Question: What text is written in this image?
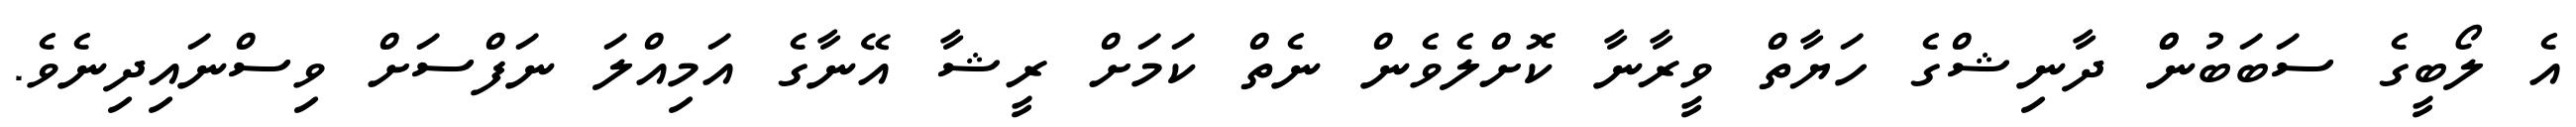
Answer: އެ ލޯބީގެ ސަބަބުންް ދާނިޝްގެ ހަޔާތް ވީރާނާ ކޮށްލެވެން ނެތް ކަމަށް ރީޝާ އޭނާގެ އަމިއްލަ ނަފްސަށް ވިސްނައިދިނެވެ.